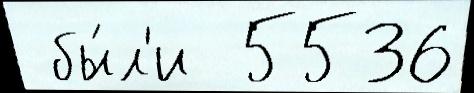
 бы́л'и  5536